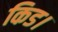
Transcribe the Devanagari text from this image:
किड।